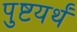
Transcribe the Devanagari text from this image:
पुष्टयर्थं